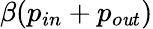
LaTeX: \beta(p_{in}+p_{o\mathit{u}t})